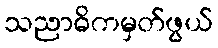
သညာဓိကမှတ်ဖွယ်